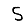
Digit: 5